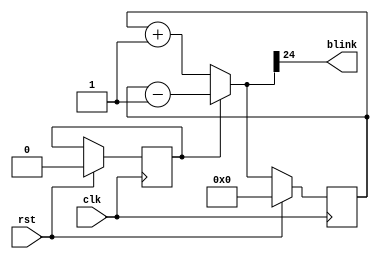
module blinker(
    input clk,
	 input rst,
	 output blink
    );

// flipflop signals
reg [24:0] counter_q, counter_d;

// direction bit, 0 is increasing, 1 is decreasing
reg dir;

// blink output is the MSB of counter_d, on half time, off half time
assign blink = counter_d[24];

// increment or decrement the counter
always@(counter_q) begin
    if (dir) begin
	     counter_d = counter_q - 1'b1;
    end else begin
	     counter_d = counter_q + 1'b1;
	 end
end

// implement the D-flipflop
always@(posedge clk) begin
   if (rst) begin
	   counter_q <= 25'b0;
		dir <= 1'b0;
	end else begin
	    counter_q <= counter_d;
	end
end

endmodule